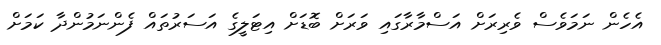
އެހެން ނަމަވެސް ވެރިރަށް އަސްމާރާގައި ވަރަށް ބޮޑަށް އިޓަލީގެ އަސަރުތައް ފެންނަމުންދާ ކަމަށް